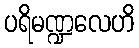
ပရိမဏ္ဍလေဟိ